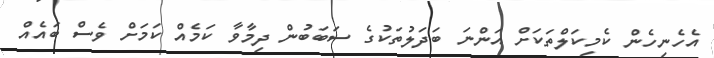
އެހެނިހެން ކެމިކަލްތަކަށް އަންނަ ބަދަލުތަކުގެ ސަބަބުން ދިމާވާ ކަމެއް ކަމަށް ވެސް ބައެއް